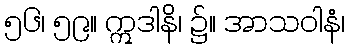
၅၆၊ ၅၉။ ဣဒါနိ၊ ၌။ အာသဝါနံ၊